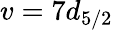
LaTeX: v=7d_{5/2}